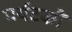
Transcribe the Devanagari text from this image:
पर्यटकौं